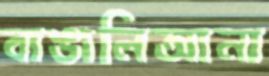
বাঙালিআনা